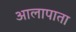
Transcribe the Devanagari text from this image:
आलापाता